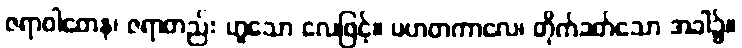
ဇရာဝါတေန၊ ဇရာတည်း ဟူသော လေဖြင့်။ ပဟတကာလေ၊ တိုက်ခတ်သော အခါ၌။